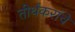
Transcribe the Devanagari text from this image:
तीर्थंकरांचे